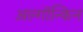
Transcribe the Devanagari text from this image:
अल्गॉन्किन